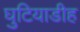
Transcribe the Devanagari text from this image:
घुटियाडीह